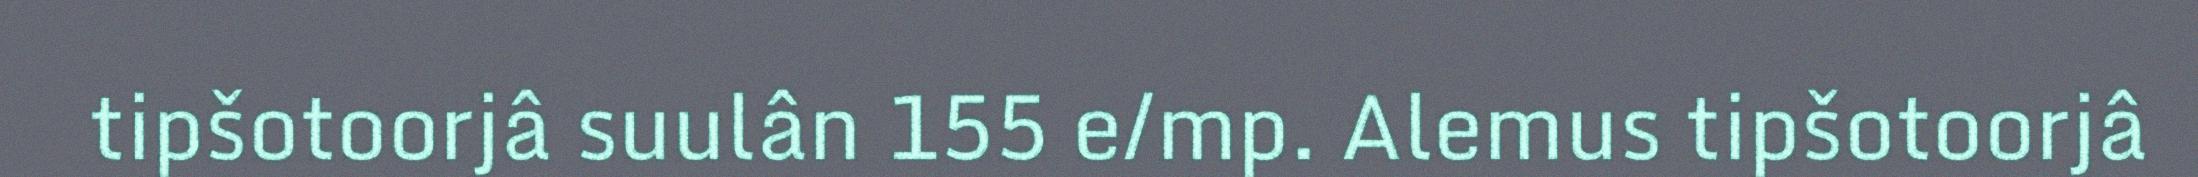
tipšotoorjâ suulân 155 e/mp. Alemus tipšotoorjâ